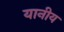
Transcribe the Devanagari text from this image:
यानीय